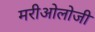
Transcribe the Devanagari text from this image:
मरीओलोजी